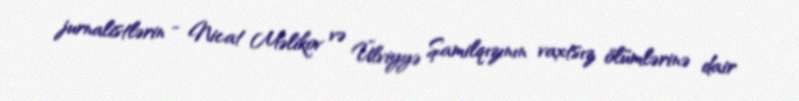
jurnalistlərin - Nicat Məlikov və Ülviyyə Şamilqızının vaxtsız ölümlərinə dair